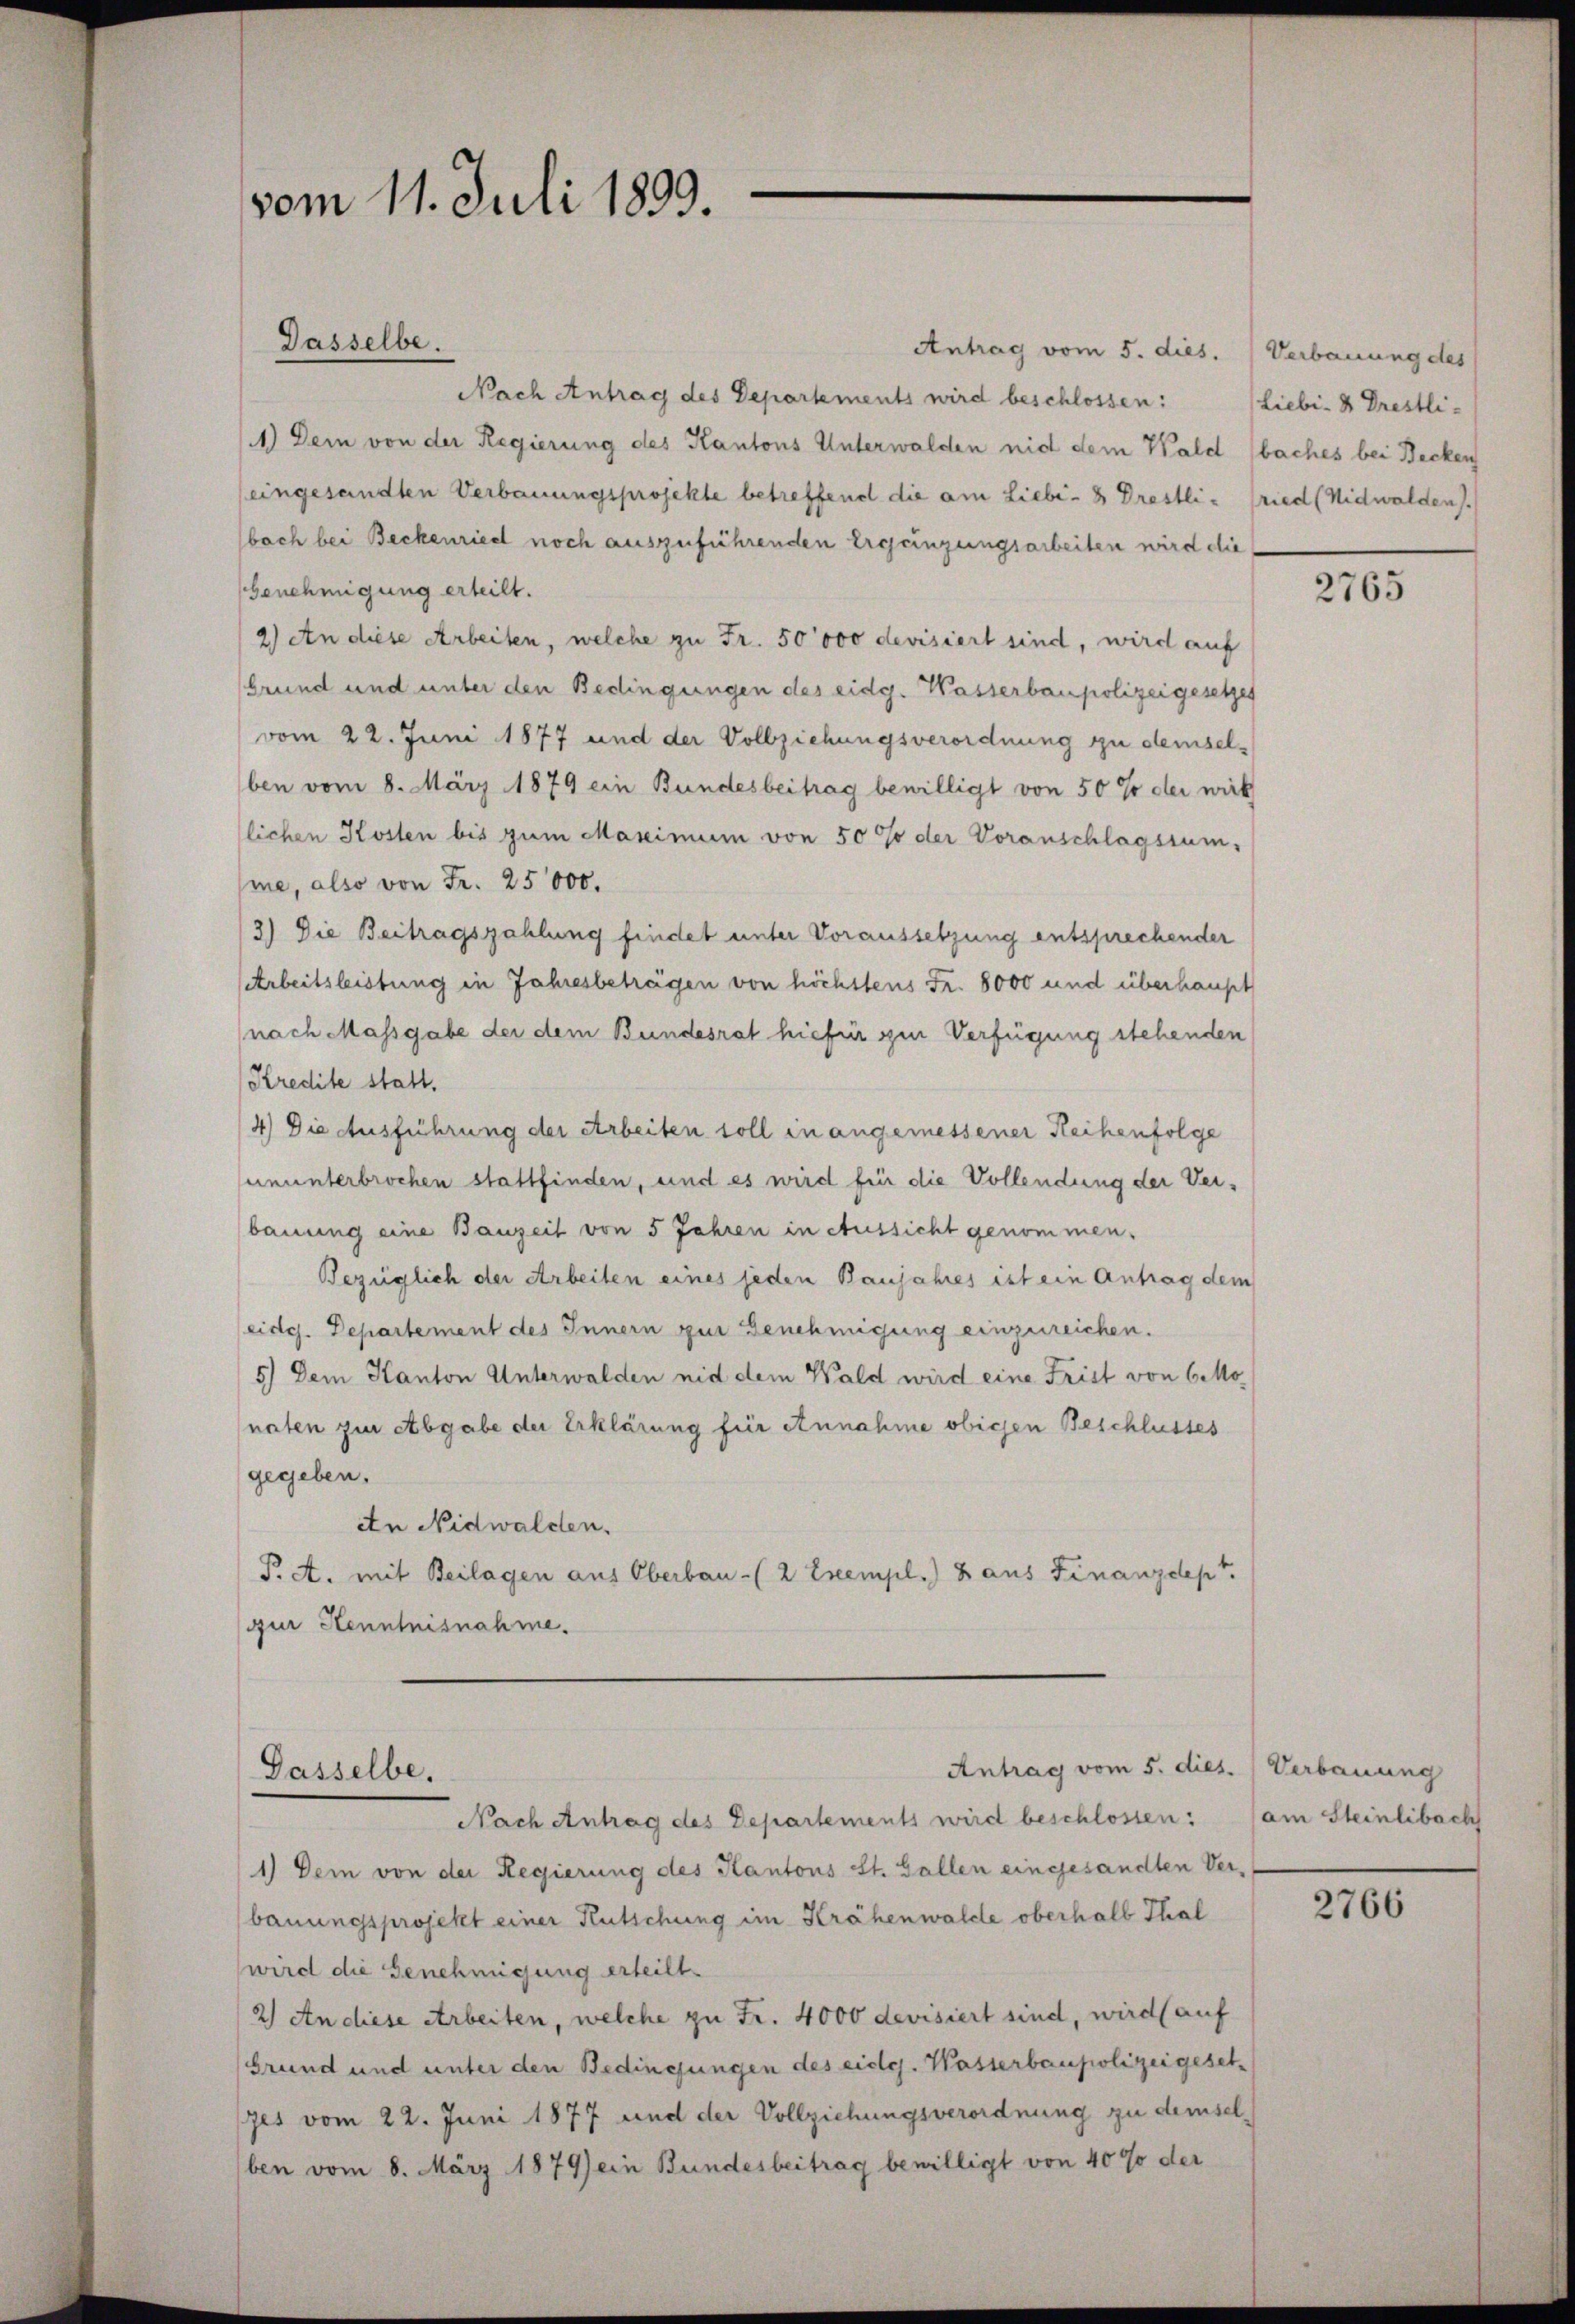
vom 11. Juli 1899.
Dasselbe.

Antrag vom 5. dies. (Verbauung des
Nach Antrag des Departements wird beschlossen: Liebi- 2 Drestli-
1.) Dem von der Regierung des Kantons Unterwalden nid dem Wald (baches bei Becken
eingesandten Verbauungsprojekte betreffend die am Liebi- 8 Drestli- fried (Nidwalden).
boch bei Beckenried noch auszuführenden Ergänzungsarbeiten wird die
Genehmigung erteilt.
2.) An diese Arbeiten, welche zu Fr. 50000 devisiert sind, wird auf
Grund und unter den Bedingungen des eidg. Wasserbaupolizeigesetzes
vom 22. Juni 1877 und der Vollziehungsverordnung zu demselben vom 8. März 1879 ein Bundesbeitrag bewilligt von 50 % der wirk
flichen Kosten bis zum Maximum von 50% der Voranschlagssum-
me, also von Fr. 25000.
3) Die Beitragszahlung findet unter Voraussetzung entsprechender
Arbeitsleistung in Jahresbeträgen von höchstens Fr. 8000 und überhaupt
nach Massgabe der dem Bundesrat hiefür gen Verfügung stehenden
Kredite statt.
4) Die Ausführung der Arbeiten soll in angemessener Reihenfolge
ununterbrochen stattfinden, und es wird für die Vollendung der Verbauung eine Bauzeit von 5 Jahren in Aussicht genommen.
Bezüglich der Arbeiten eines jeden Baujahres ist ein Antrag dem
eidg. Departement des Innern zur Benehmigung einzureichen.
5) Dem Kanton Unterwalden nid dem Wald wird eine Frist von 6 Mo
naten zur Abgabe der Erklärung für Annahme obigen Beschlusses
gegeben.
An Nidwalden.
P. A. mit Beilagen aus Oberbau- (2 Exempl.) 8 aus Finanzdept.
gur Henntnisnahme.

Antrag vom 5. dies. (Verbauung
Dasselbe.
Nach Antrag des Departements wird beschlossen:

1) Dem von der Regierung des Kantons St. Gallen eingesandten Ver-
bauungsprojekt einer Kutschung im Krähenwalde oberhalb Thal
wird die Genehmigung erteilt.
2) An diese Arbeiten, welche zu Fr. 4000 devisiert sind, wird (auf
(Grund und unter den Bedingungen des eidg. Wasserbaupolizeigesetzes vom 22. Juni 1877 und der Vollziehungsverordnung zu demselben vom 8. März 1879 ein Bundesbeitrag bewilligt von 4000 der

2765

am Steinlibach

2766